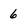
Character: 6